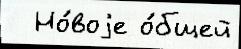
  Но́воjе о́бщей